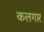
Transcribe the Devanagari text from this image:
कलगार